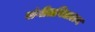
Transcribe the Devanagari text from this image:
संगीतविद्यालय